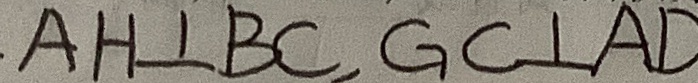
A H \bot B C , G C \bot A D